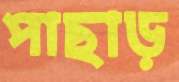
পাছাড়